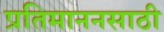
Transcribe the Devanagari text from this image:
प्रतिमाननसाठी